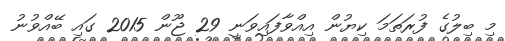
މި ބިލުގެ ފުރަތަމަ ކިޔުން އިއްވާފައިވަނީ 29 ޖޫން 2015 ގައި ބޭއްވުނު